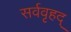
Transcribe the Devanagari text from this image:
सर्ववृहद्